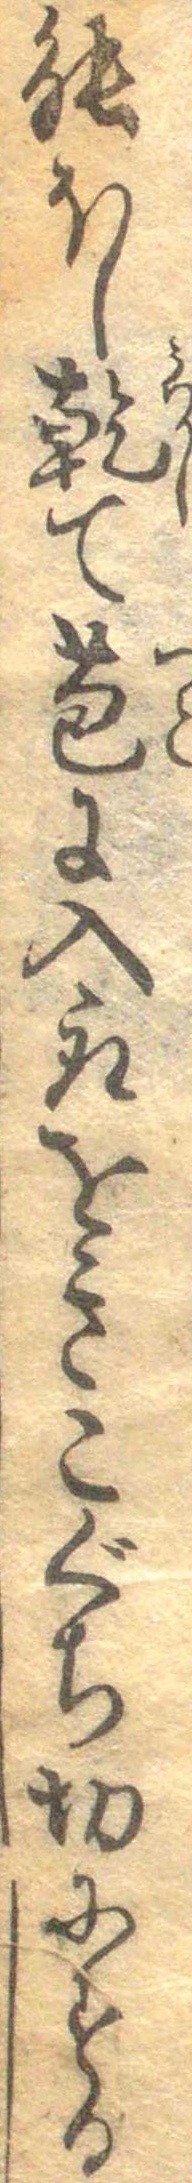
能ほし乾て苞に入取をきこぐち切にする